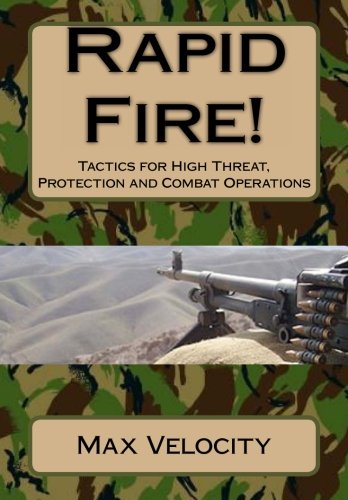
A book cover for Rapid Fire!: Tactics for High Threat, Protection and Combat Operations; Max Velocity; Sports & Outdoors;